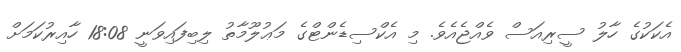
އެކަކުގެ ހާލު ސީރިއަސް ވެއްޖެއެވެ. މި އެކްސިޑެންޓްގެ މަޢުލޫމާތު ލިބިފައިވަނީ 18:08 ހާއިރުކަމަށް